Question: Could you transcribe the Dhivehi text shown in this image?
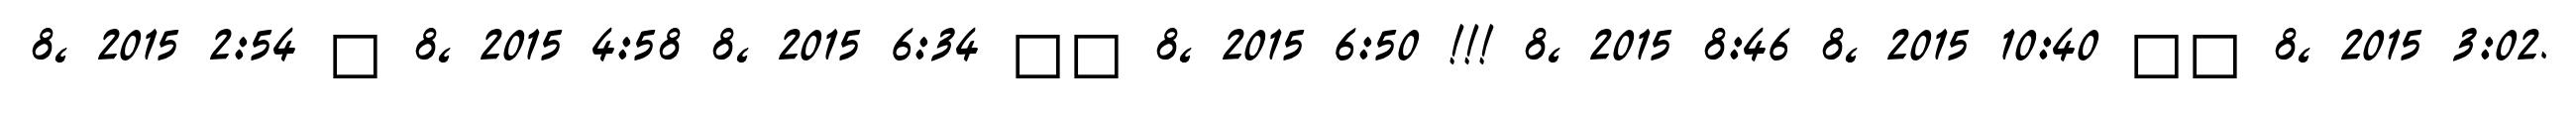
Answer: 8, 2015 2:54 ? 8, 2015 4:58 8, 2015 6:34 ?? 8, 2015 6:50 !!! 8, 2015 8:46 8, 2015 10:40 ?? 8, 2015 3:02.